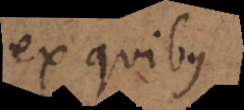
ex quibus